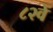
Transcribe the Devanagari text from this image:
८२वें